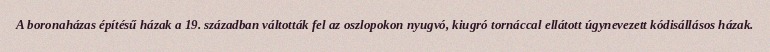
A boronaházas építésű házak a 19. században váltották fel az oszlopokon nyugvó, kiugró tornáccal ellátott úgynevezett kódisállásos házak.